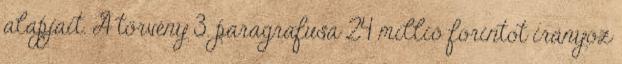
alapjait. A törvény 3. paragrafusa 24 millió forintot irányoz